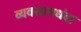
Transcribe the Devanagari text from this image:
व्यवसायधंदा